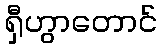
ရှီဟွာတောင်